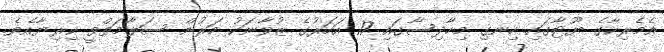
އެމެރިކާގެ ޔޫޓާގައި ހިނގި މިހާދިސާގައި 17 އަހަރުގެ ޒުވާނަކު މަރުން ސަލާމަތްވީ ކިރިޔާއެވެ.